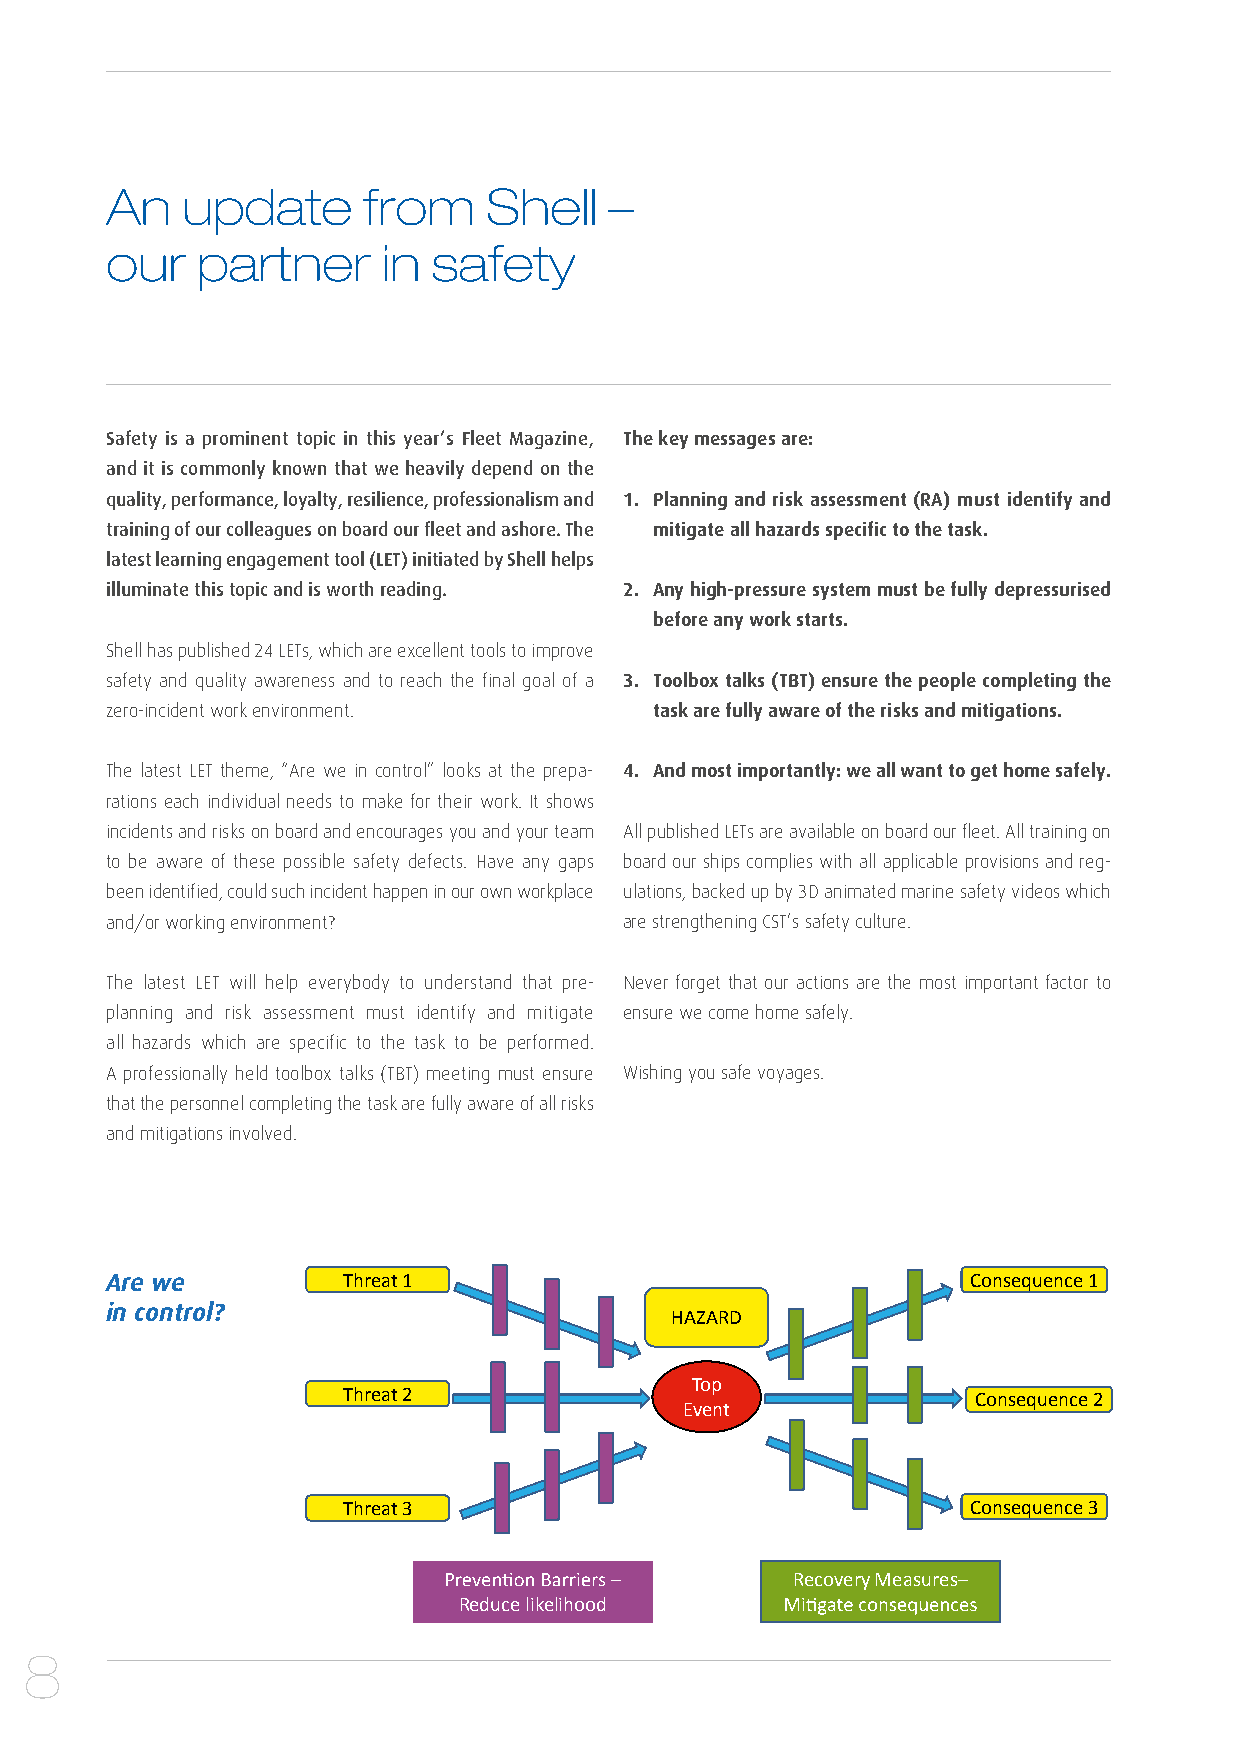
An   update      from    Shell   –
 our   partner     in  safety
 Safety is a prominent topic in this year’s Fleet Magazine, The key messages are:
 and it is commonly known that we heavily depend on the
 quality, performance, loyalty, resilience, professionalism and 1. Planning and risk assessment (RA) must identify and
 training of our colleagues on board our fleet and ashore. The mitigate all hazards specific to the task.
 latest learning engagement tool (LET) initiated by Shell helps
 illuminate this topic and is worth reading. 2. Any high-pressure system must be fully depressurised
 before any work starts.
 Shell has published 24 LETs, which are excellent tools to improve
 safety and quality awareness and to reach the final goal of a 3. Toolbox talks (TBT) ensure the people completing the
 zero-incident work environment.     task are fully aware of the risks and mitigations.
 The latest LET theme, “Are we in control” looks at the prepa- 4. And most importantly: we all want to get home safely.
 rations each individual needs to make for their work. It shows
 incidents and risks on board and encourages you and your team All published LETs are available on board our fleet. All training on
 to be aware of these possible safety defects. Have any gaps board our ships complies with all applicable provisions and reg-
 been identified, could such incident happen in our own workplace ulations, backed up by 3D animated marine safety videos which
 and/or working environment?       are strengthening CST’s safety culture.
 The latest LET will help everybody to understand that pre- Never forget that our actions are the most important factor to
 planning and risk assessment must identify and mitigate ensure we come home safely.
 all hazards which are specific to the task to be performed.
 A professionally held toolbox talks (TBT) meeting must ensure Wishing you safe voyages.
 that the personnel completing the task are fully aware of all risks
 and mitigations involved.
 Are we          Threat 1                                 Consequence 1
 in control?
 HAZARD
 Top
 Threat 2                                 Consequence 2
 Event
 Threat 3                                 Consequence 3
 –           Recovery Measures–
 Reduce likelihood
 8